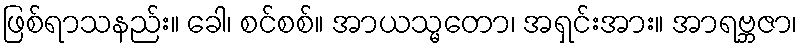
ဖြစ်ရာသနည်း။ ခေါ၊ စင်စစ်။ အာယသ္မတော၊ အရှင်းအား။ အာရဗ္ဘဇာ၊